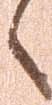
へ